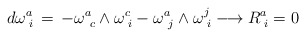
\begin{align*}d\omega^a_{\phantom{i}i}\,=\,-\omega^a_{\phantom{c}c}\wedge\omega^c_{\phantom{i}i}-\omega^a_{\phantom{j}j}\wedge\omega^j_{\phantom{i}i}\longrightarrow R^a_{\phantom{i}i}=0\end{align*}